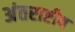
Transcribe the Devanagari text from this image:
अंतराष्टीय